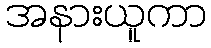
အနားယူကာ